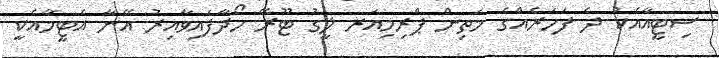
ސިޓީއާއެކު ދެ ފަހަރެއްގެ މަތިން ޕްރިމިއަރ ލީގު ޓޫރޭ ހޯދާފައިވާއިރު އޭނާ އެޓީމާއެކީ